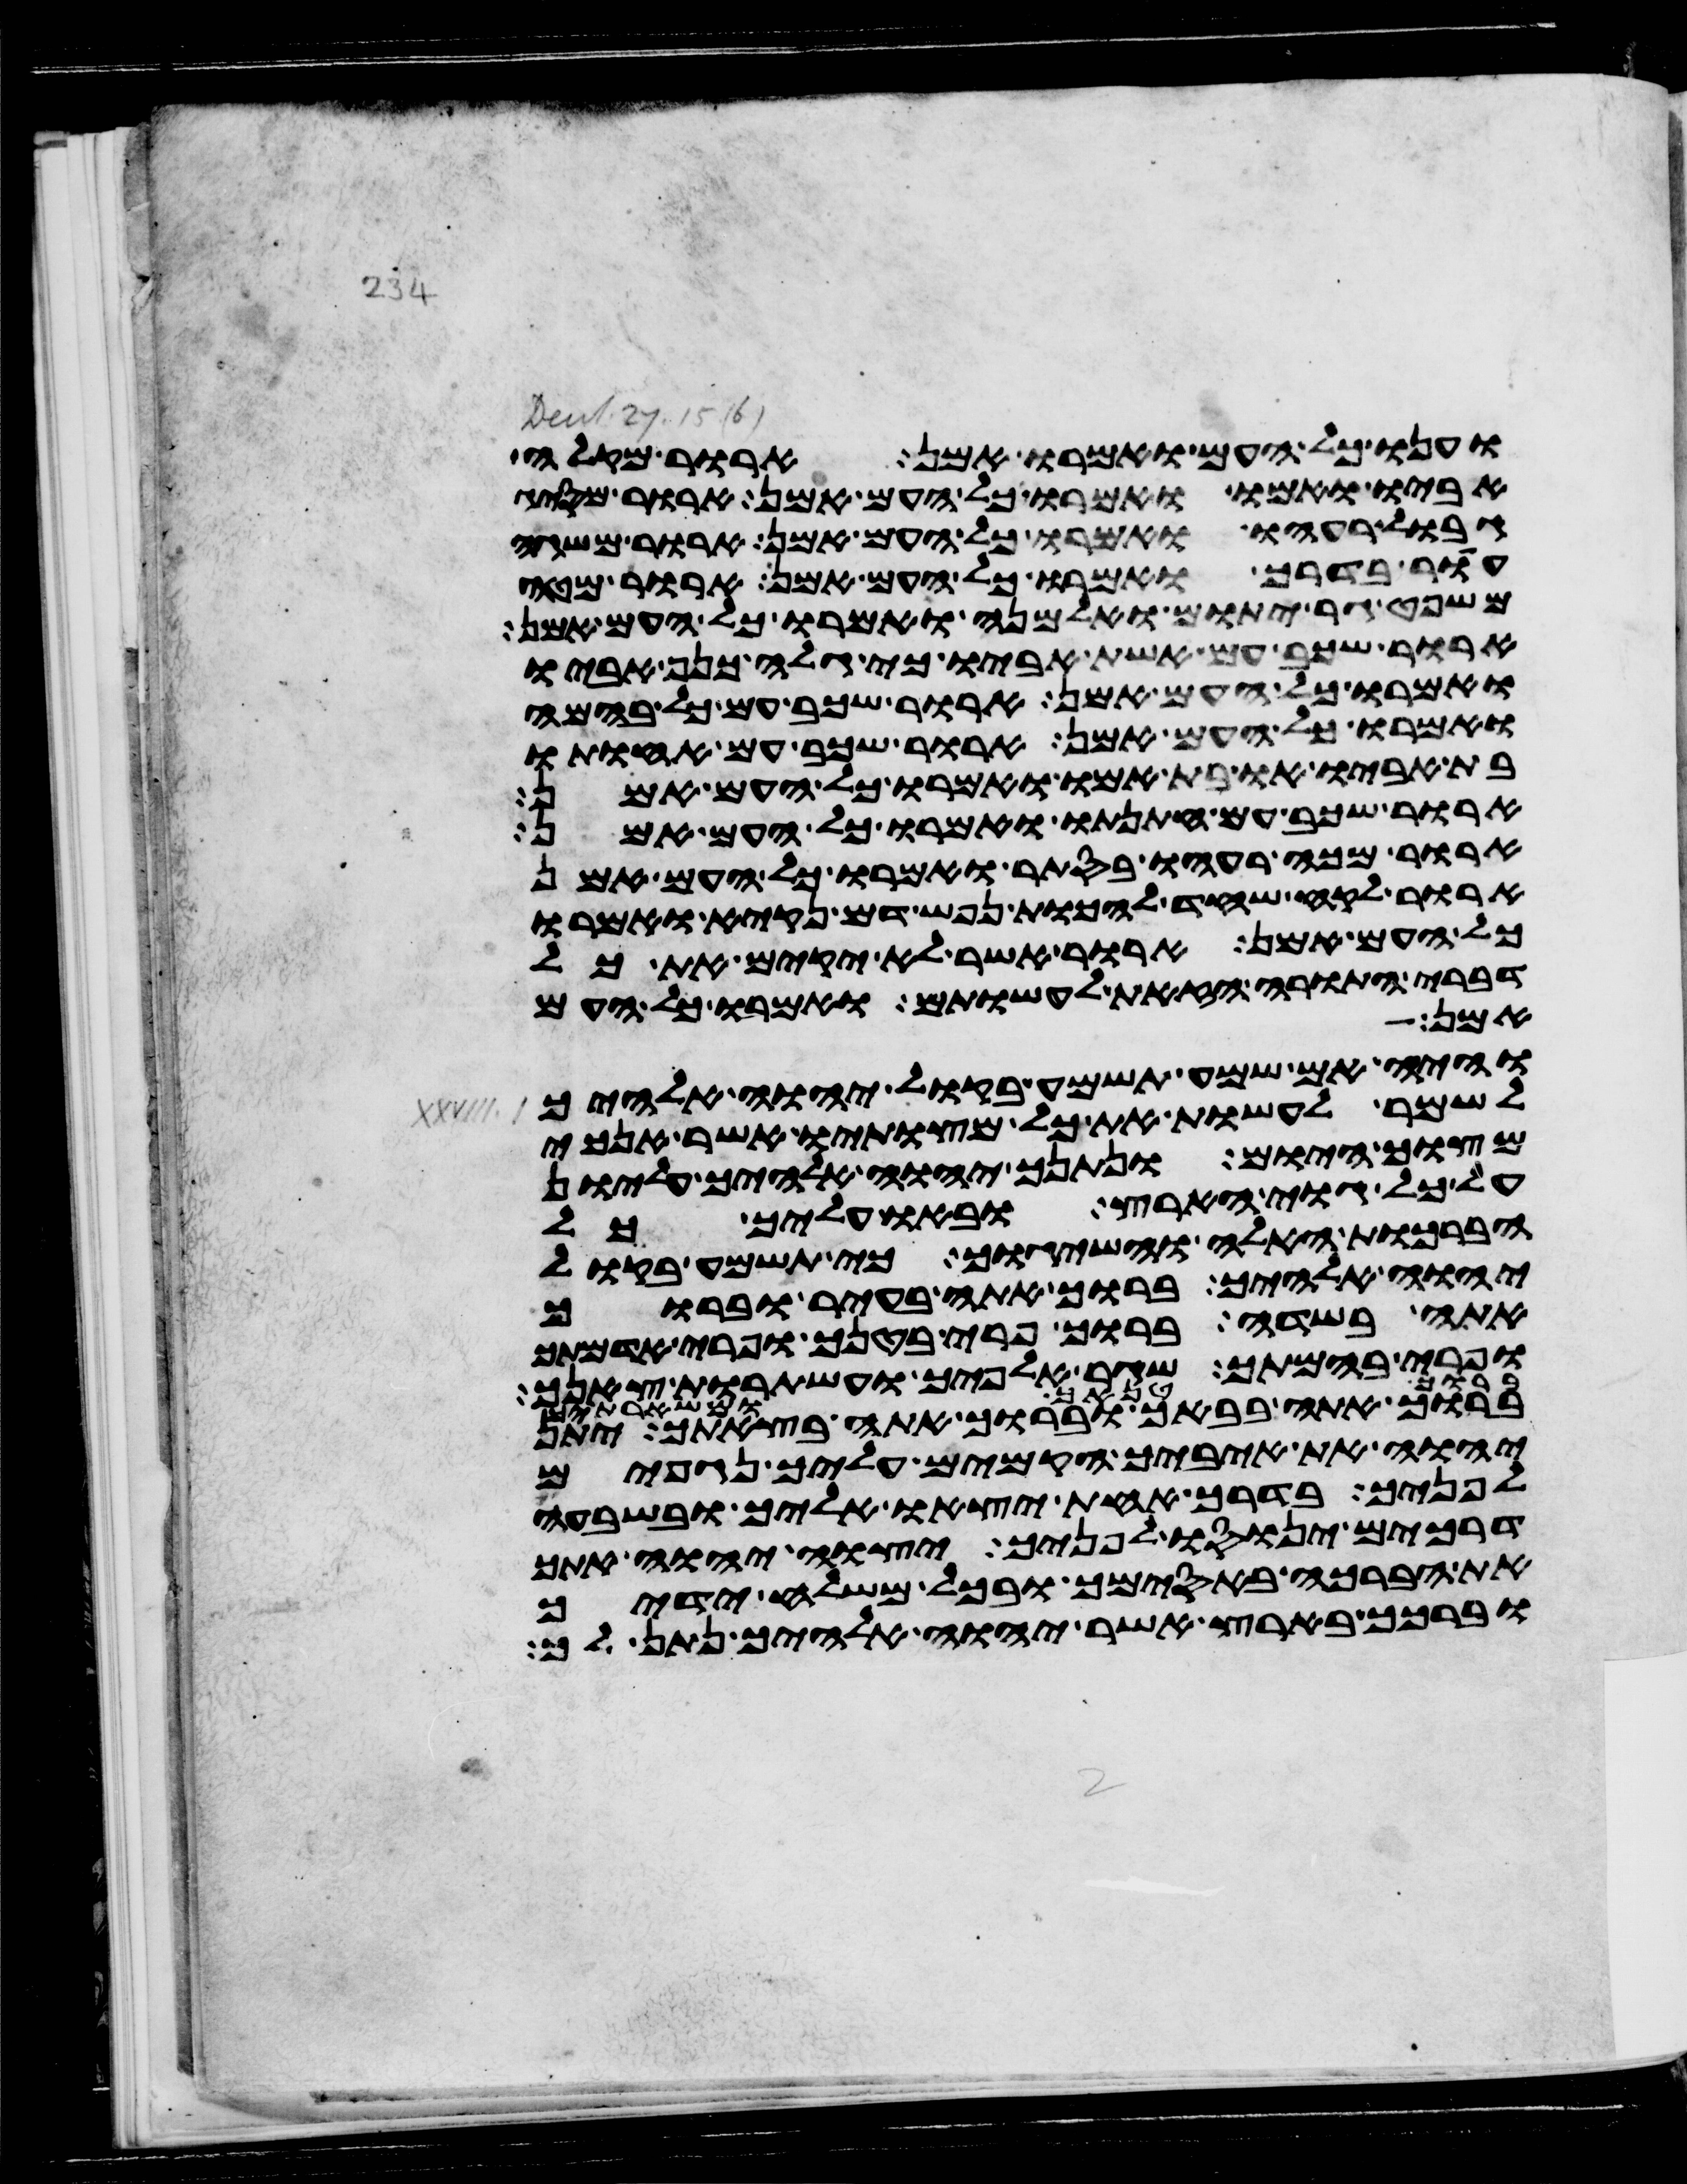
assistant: וענו כל העם ואמרו אמן ארור מקלה
אביו ואמו ואמרו כל העם אמן ארור מסיג
גבול רעהו ואמרו כל העם אמן ארור משגה
עור בדרך ואמרו כל העם אמן ארור מטה
משפט גר יתום ואלמנה ואמרו כל העם אמן
ארור שכב עם אשת אביו כי גלה כנף אביו
ואמרו כל העם אמן ארור שכב עם כל בהמה
ואמרו כל העם אמן ארור שכב עם אחותו
בת אביו או בת אמו ואמרו כל העם אמן
ארור שכב עם חתנתו ואמרו כל העם אמן
ארור מכה רעהו בסתר ואמרו כל העם אמן
ארור לקח שחד להכות נפש דם נקיא ואמרו
כל העם אמן ארור אשר לא יקים את כל
דברי התורה הזאת לעשותם ואמרו כל העם
אמן
והיה אם שמע תשמע בקול יהוה אלהיך
לשמר לעשות את כל מצותיו אשר אנכי
מצוך היום ונתנך יהוה אלהיך עליון
על כל גוי הארץ ובאו עליך כל
הברכות האלה והשיגוך כי תשמע בקול
יהוה אלהיך ברוך אתה בעיר וברוך
אתה בשדה ברוך פרי בטנך ופרי אדמתך
ופרי בהמתך שגר אלפיך ועשתרות צאנך
ברוך אתה בבאך וברוך אתה בצאתך יתן
יהוה את איביך הקמים עליך נגפים
לפניך בדרך אחת יצאו אליך ובשבעה
דרכים ינוסו לפניך יצוה יהוה אתך
את הברכה באסימך ובכל משלח ידיך
וברכך בארץ אשר יהוה אלהיך נתן לך